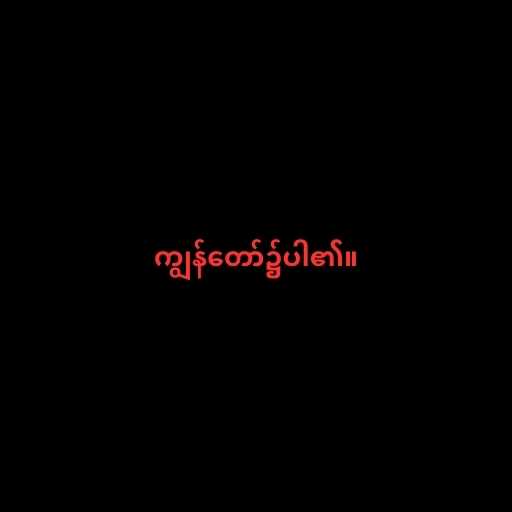
ကျွန်တော်၌ပါ၏။